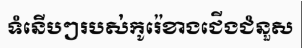
ទំនើបៗរបស់កូរ៉េខាងជើងជំនួស